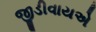
જીડીવાયએ